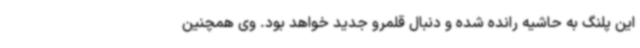
این پلنگ به حاشیه رانده شده و دنبال قلمرو جدید خواهد بود. وی همچنین